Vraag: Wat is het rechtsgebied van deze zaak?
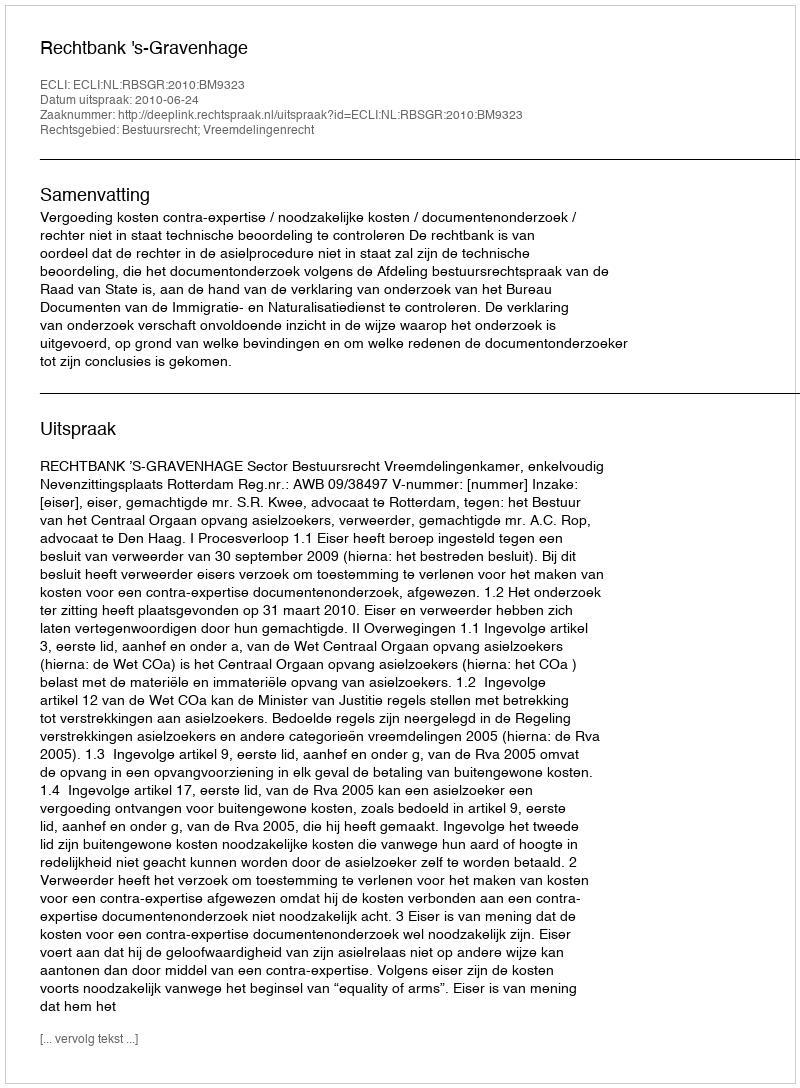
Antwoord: Bestuursrecht; Vreemdelingenrecht